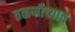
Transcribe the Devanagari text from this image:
तळणीच्याच